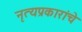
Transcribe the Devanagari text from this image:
नृत्यप्रकारांचे